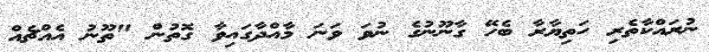
ނުރައްކާތެރި ހަތިޔާރާ ބެހޭ ގާނޫނުގެ ނުވަ ވަނަ މާއްދާގައިވާ ގޮތުން "ތޫނު އެއްޗެއް